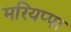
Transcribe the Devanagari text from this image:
मरियप्पा